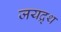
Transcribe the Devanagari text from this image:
जयद्र्थ